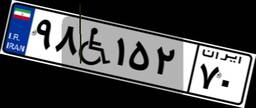
۹۸W۱۵۲۷۰